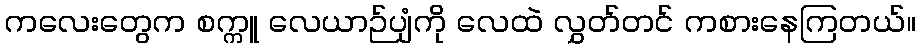
ကလေးတွေက စက္ကူ လေယာဉ်ပျံကို လေထဲ လွှတ်တင် ကစားနေကြတယ်။